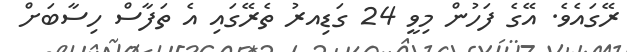
ރޭގައެވެ. އޭގެ ފަހުން މިވީ 24 ގަޑިއރު ތެރޭގައި އެ ތަފާސް ހިސާބަށް